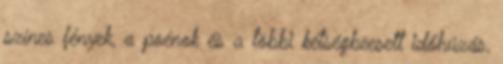
színes fények, a poénok és a többi kétségbeesett időhúzás,